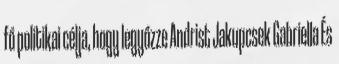
fő politikai célja, hogy legyőzze Andrist Jakupcsek Gabriella És